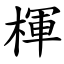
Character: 楎